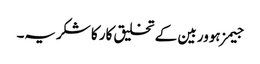
جیمز ہوور بین کے تخلیق کار کا شکریہ۔